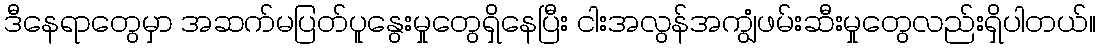
ဒီနေရာတွေမှာ အဆက်မပြတ်ပူနွေးမှုတွေရှိနေပြီး ငါးအလွန်အကျွံဖမ်းဆီးမှုတွေလည်းရှိပါတယ်။